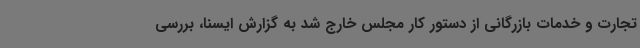
تجارت و خدمات بازرگانی از دستور کار مجلس خارج شد به گزارش ایسنا، بررسی